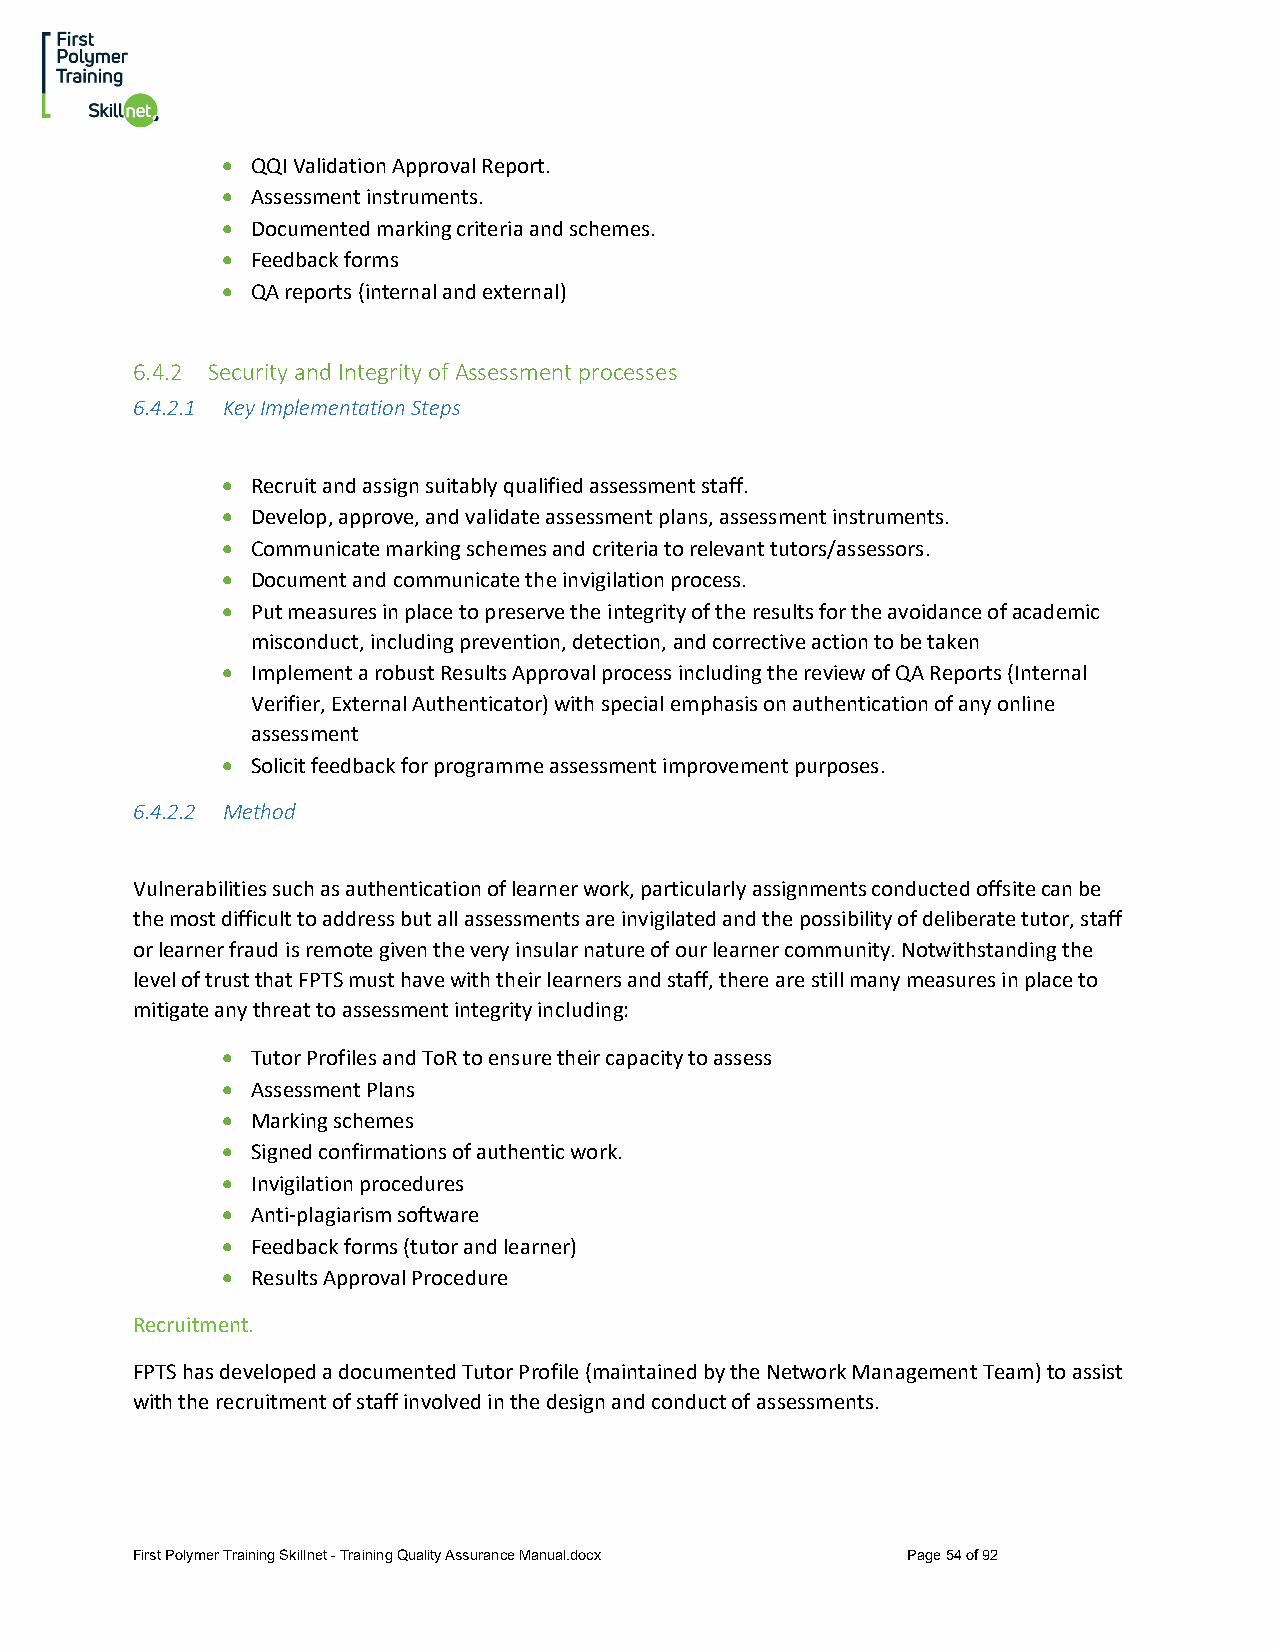
• QQI Validation Approval Report.
 • Assessment instruments.
 • Documented marking criteria and schemes.
 • Feedback forms
 • QA reports (internal and external)
 6.4.2 Security and Integrity of Assessment processes
 6.4.2.1 Key Implementation Steps
 • Recruit and assign suitably qualified assessment staff.
 • Develop, approve, and validate assessment plans, assessment instruments.
 • Communicate marking schemes and criteria to relevant tutors/assessors.
 • Document and communicate the invigilation process.
 • Put measures in place to preserve the integrity of the results for the avoidance of academic
 misconduct, including prevention, detection, and corrective action to be taken
 • Implement a robust Results Approval process including the review of QA Reports (Internal
 Verifier, External Authenticator) with special emphasis on authentication of any online
 assessment
 • Solicit feedback for programme assessment improvement purposes.
 6.4.2.2 Method
 Vulnerabilities such as authentication of learner work, particularly assignments conducted offsite can be
 the most difficult to address but all assessments are invigilated and the possibility of deliberate tutor, staff
 or learner fraud is remote given the very insular nature of our learner community. Notwithstanding the
 level of trust that FPTS must have with their learners and staff, there are still many measures in place to
 mitigate any threat to assessment integrity including:
 • Tutor Profiles and ToR to ensure their capacity to assess
 • Assessment Plans
 • Marking schemes
 • Signed confirmations of authentic work.
 • Invigilation procedures
 • Anti-plagiarism software
 • Feedback forms (tutor and learner)
 • Results Approval Procedure
 Recruitment.
 FPTS has developed a documented Tutor Profile (maintained by the Network Management Team) to assist
 with the recruitment of staff involved in the design and conduct of assessments.
 First Polymer Training Skillnet - Training Quality Assurance Manual.docx Page 54 of 92